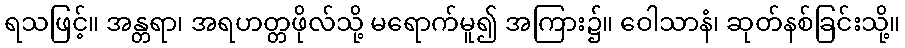
ရသဖြင့်။ အန္တရာ၊ အရဟတ္တဖိုလ်သို့ မရောက်မူ၍ အကြား၌။ ဝေါသာနံ၊ ဆုတ်နစ်ခြင်းသို့။